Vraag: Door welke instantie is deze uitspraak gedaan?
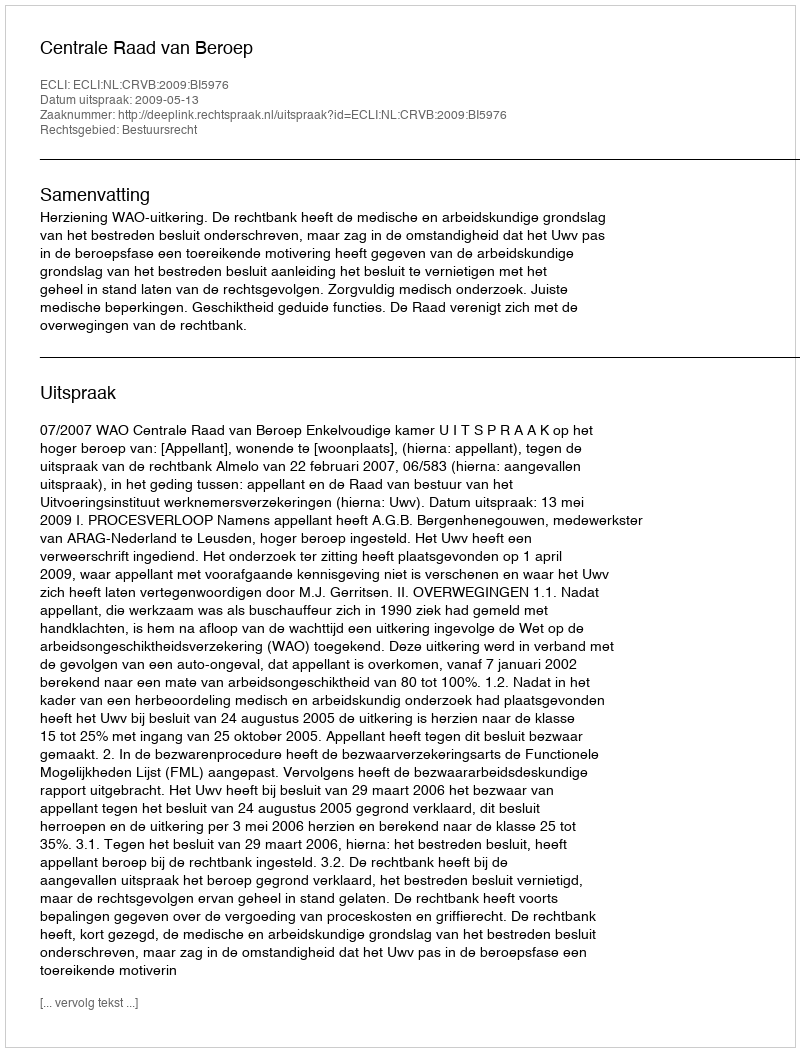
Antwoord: Centrale Raad van Beroep